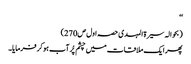
‘‘
(بحوالہ سیرۃ المہدی حصہ اول ص270)
پھر ایک ملاقات میں چشم پُر آب ہو کر فرمایا۔